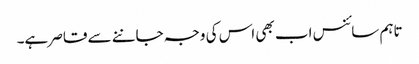
تاہم سائنس اب بھی اس کی وجہ جاننے سے قاصر ہے۔